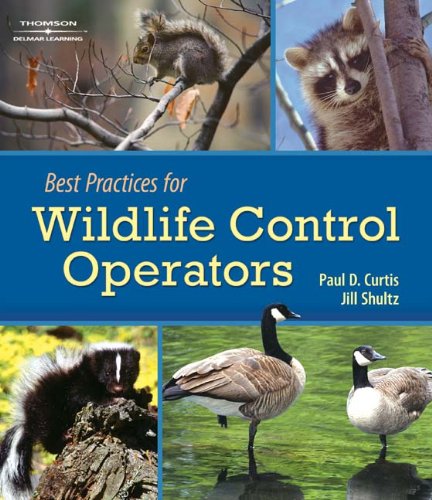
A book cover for Best Practices for Wildlife Control Operators; Paul D. Curtis; Science & Math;